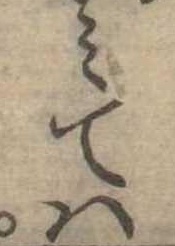
みては